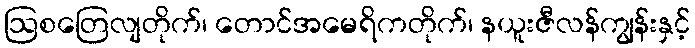
ဩစတြေလျတိုက်၊ တောင်အမေရိကတိုက်၊ နယူးဇီလန်ကျွန်းနှင့်